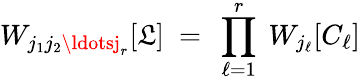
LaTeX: W_{j_{1}j_{2}\ldotsj_{r}}[\mathfrak{L}]\ =\ \prod_{\ell=1}^{r}\ W_{j_{\ell}}[C_{\ell}]